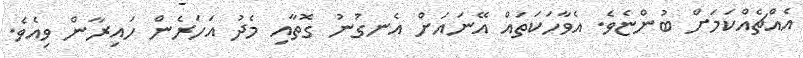
އެއްޗެއްކަމަށް ބުންޏެވެ. އެވާހަކަތައް އޭނައަށް އެނގުނު ގޮތާއި މެދު އަހަރެން ހައިރާން ވިއެވެ.